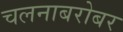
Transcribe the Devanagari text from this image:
चलनाबरोबर